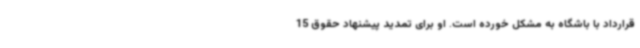
قرارداد با باشگاه به مشکل خورده است. او برای تمدید پیشنهاد حقوق 15